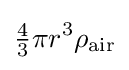
{\tfrac {4}{3}}\pi r^{3}\rho _{\text{air}}